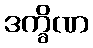
ဒက္ခိဏ